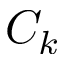
C _ { k }